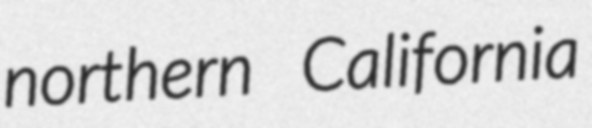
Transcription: northern California